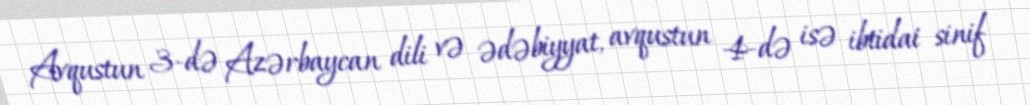
Avqustun 3-də Azərbaycan dili və ədəbiyyat, avqustun 4-də isə ibtidai sinif